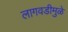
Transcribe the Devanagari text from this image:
लागवडीमुळे